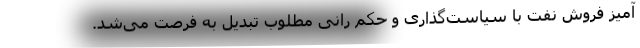
آمیز فروش نفت با سیاست‌گذاری و حکم رانی مطلوب تبدیل به فرصت می‌شد.